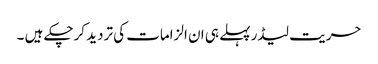
حریت لیڈر پہلے ہی ان الزامات کی تردید کرچکے ہیں ۔